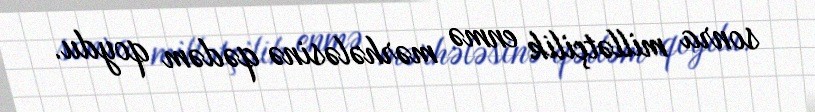
sonra millətçilik enmə mərhələsinə qədəm qoydu.